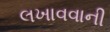
લખાવવાની